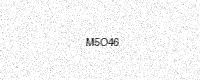
Text: M5O46